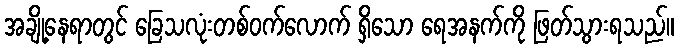
အချို့နေရာတွင် ခြေသလုံးတစ်ဝက်လောက် ရှိသော ရေအနက်ကို ဖြတ်သွားရသည်။